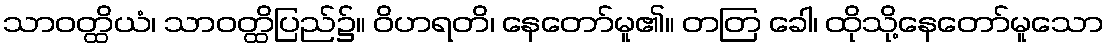
သာဝတ္ထိယံ၊ သာဝတ္ထိပြည်၌။ ဝိဟရတိ၊ နေတော်မူ၏။ တတြ ခေါ၊ ထိုသို့နေတော်မူသော